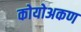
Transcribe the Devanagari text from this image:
कोयोअकण